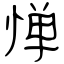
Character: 惮